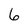
Character: 6